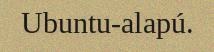
Ubuntu-alapú.